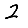
Digit: 2